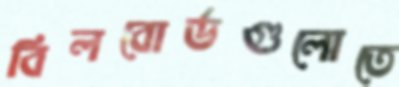
বিলবোর্ডগুলোতে